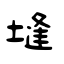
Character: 塳